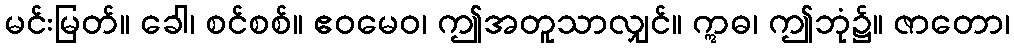
မင်းမြတ်။ ခေါ၊ စင်စစ်။ ဧဝမေဝ၊ ဤအတူသာလျှင်။ ဣဓ၊ ဤဘုံ၌။ ဇာတော၊